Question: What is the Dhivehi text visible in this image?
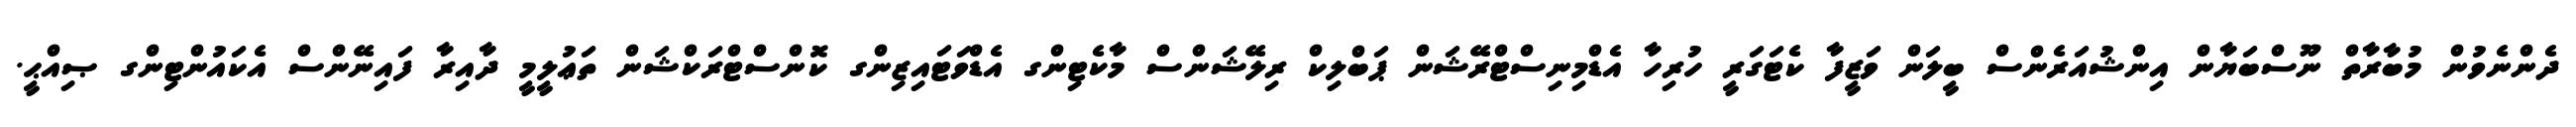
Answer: ދެންނެވުން މުބާރާތް ނޫސްބަޔާން އިންޝުއަރެންސް ބީލަން ވަޒީފާ ކެޓަގަރީ ހުރިހާ އެޑްމިނިސްޓްރޭޝަން ޕަބްލިކް ރިލޭޝަންސް މާކެޓިންގ އެޑްވަޓައިޒިންގ ކޮންސްޓްރަކްޝަން ތަޢުލީމީ ދާއިރާ ފައިނޭންސް އެކައުންޓިންގ ޞިއްޙީ.